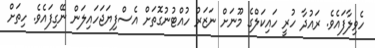
ހެވިލާފައެވެ. ރައުދާ ހުރީ ހައިކަލްގެ މޫނަށް ނަޒަރު ހުއްޓުނުގޮތަށް އެސްފިޔަޖަހައިލަން ނޭގިފައެވެ. ހިތަށް